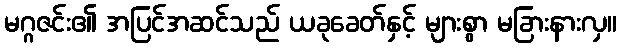
မဂ္ဂဇင်း၏ အပြင်အဆင်သည် ယခုခေတ်နှင့် များစွာ မခြားနားလှ။